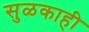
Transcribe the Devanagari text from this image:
सुळकाही